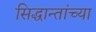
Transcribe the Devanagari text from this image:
सिद्धान्तांच्या